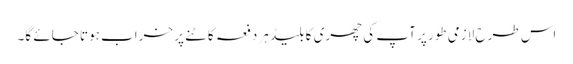
اس طرح لازمی طور پر آپ کی چھری کا بلیڈ ہر دفعہ کاٹنے پر خراب ہوتا جائے گا۔